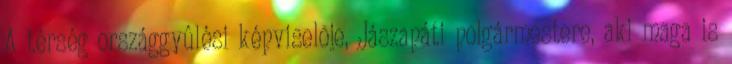
A térség országgyûlési képviselõje, Jászapáti polgármestere, aki maga is